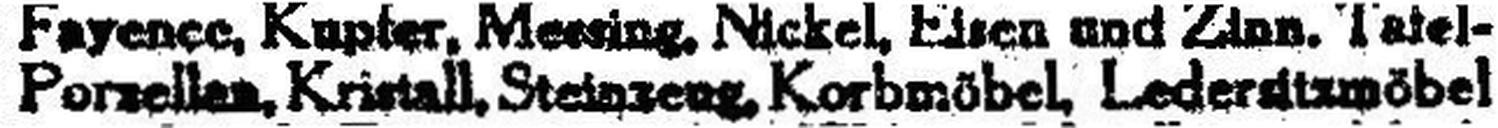
Porzellan, Kristall, Steinzeug, Korbmöbel, Lederd	###öbel